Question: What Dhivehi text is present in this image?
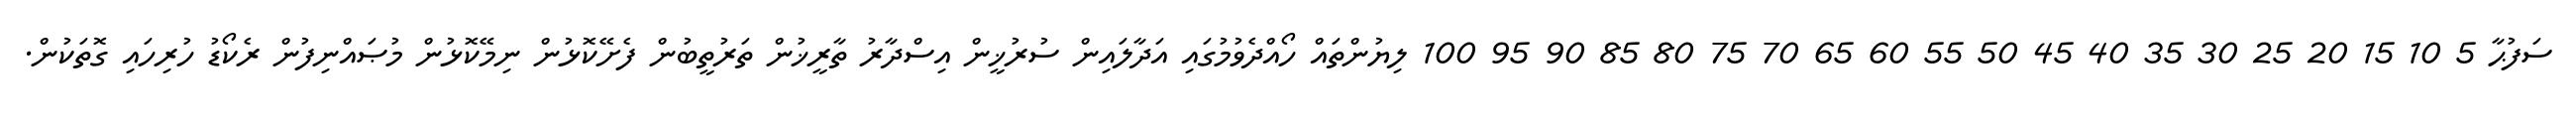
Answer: ސަފުޙާ 5 10 15 20 25 30 35 40 45 50 55 60 65 70 75 80 85 90 95 100 ލިޔުންތައް ހޯއްދެވުމުގައި އަދާލައިން ސުރުޚީން އިސްދާރު ތާރީޚުން ތަރުތީބުން ފެށޭކޮޅުން ނިމޭކޮޅުން މުޞައްނިފުން ރެކޯޑު ހުރިހައި ގޮތަކުން.